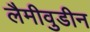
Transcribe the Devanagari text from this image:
लैमीवुडीन